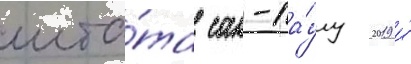
шта́та сан-па́улу 2019 и́